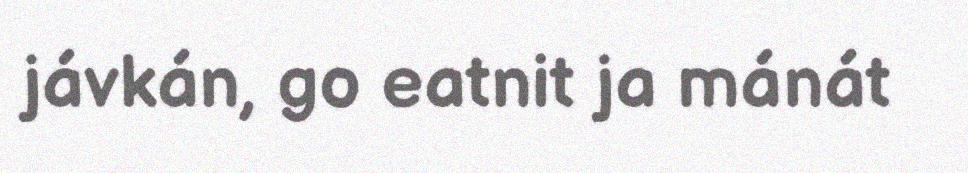
jávkán, go eatnit ja mánát